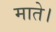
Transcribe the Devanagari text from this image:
माते।